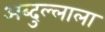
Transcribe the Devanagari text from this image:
अब्दुल्लाला